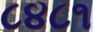
૮૪૮૧